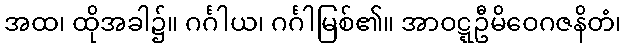
အထ၊ ထိုအခါ၌။ ဂင်္ဂါယ၊ ဂင်္ဂါမြစ်၏။ အာဝဋ္ဋဦမိဝေဂဇနိတံ၊